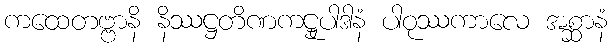
ကထေတဗ္ဗာနိ နိဿဋ္ဌတိဏကဋ္ဌုပါဒါနံ ပါဝုဿကာလေ အစ္ဆာနံ